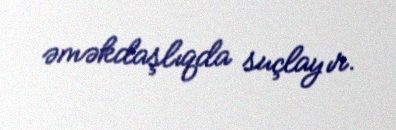
əməkdaşlıqda suçlayır.